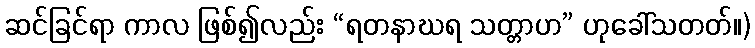
ဆင်ခြင်ရာ ကာလ ဖြစ်၍လည်း “ရတနာဃရ သတ္တာဟ” ဟုခေါ်သတတ်။)